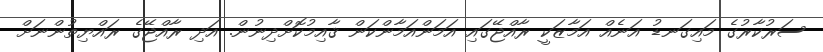
ސަރުކާރުގެ މައިގަނޑު އަނެއް އަމާޒަކީ ރާއްޖޭގައި އަމަންއަމާންކަން ޤާއިމުކޮށްދިނުން. އަދި ރާއްޖޭގެ ރައްޔިތުންނަށް